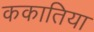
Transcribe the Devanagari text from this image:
ककातिया